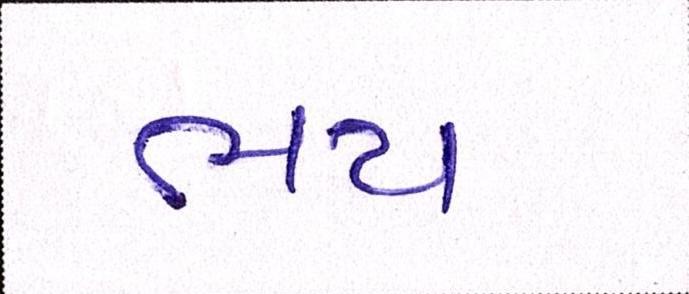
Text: ભય